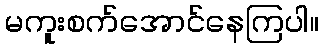
မကူးစက်အောင်နေကြပါ။